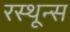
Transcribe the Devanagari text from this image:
रस्थून्स